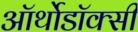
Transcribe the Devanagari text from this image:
ऑर्थोडॉक्सी